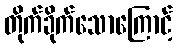
တိုက်ခိုက်သောကြောင့်